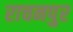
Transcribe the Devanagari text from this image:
राचनपुर